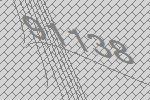
91138